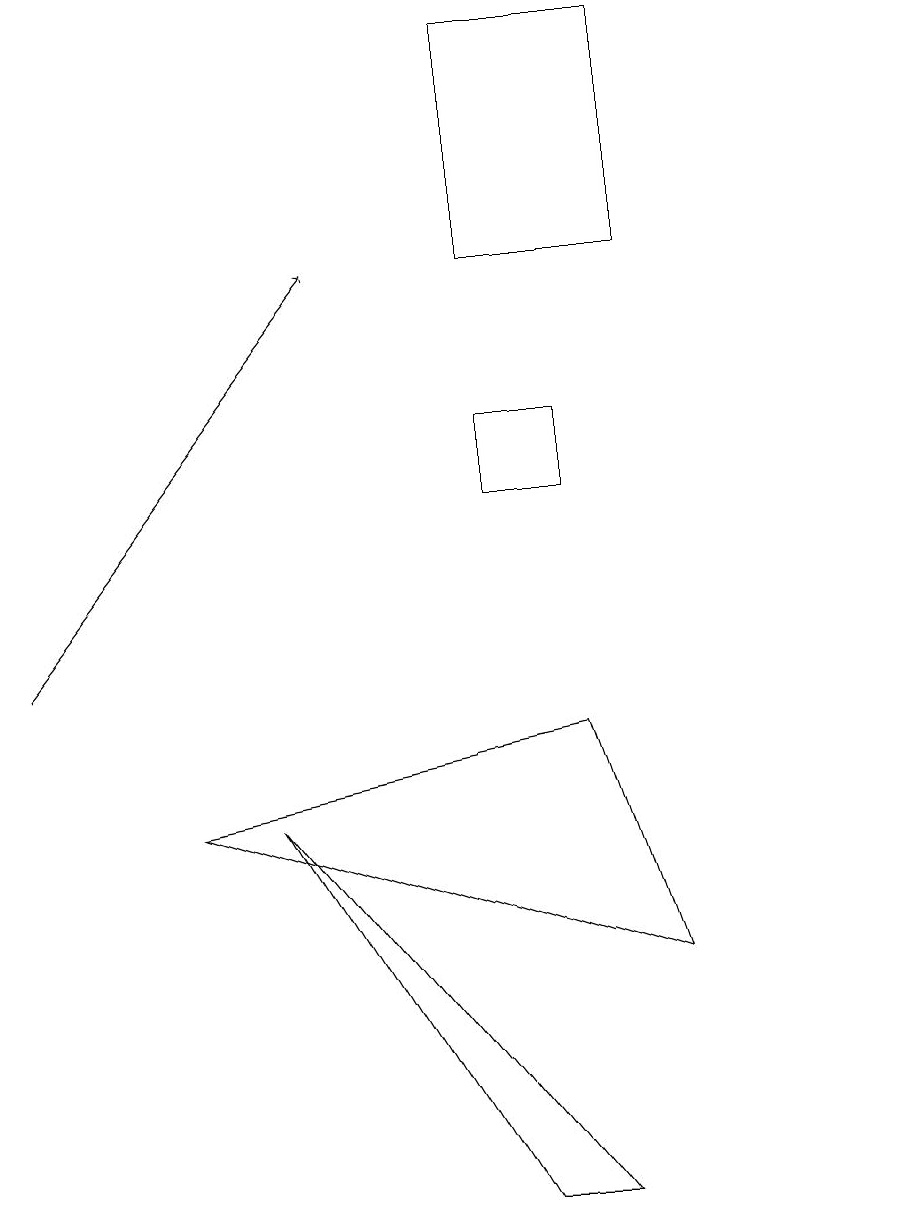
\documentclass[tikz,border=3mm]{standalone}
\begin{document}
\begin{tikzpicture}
\draw (6,12) rectangle (7,13);
\draw[->] (0,10) -- (4,15);
\draw (8,18) rectangle (6,15);
\draw (10,10) circle (0);
\draw (11,10) circle (0);
\draw (8,6) -- (7,9) -- (2,8) -- cycle;
\draw (7,3) -- (6,3) -- (3,8) -- cycle;
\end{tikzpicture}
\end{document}